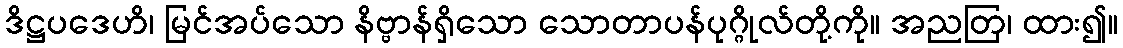
ဒိဋ္ဌပဒေဟိ၊ မြင်အပ်သော နိဗ္ဗာန်ရှိသော သောတာပန်ပုဂ္ဂိုလ်တို့ကို။ အညတြ၊ ထား၍။